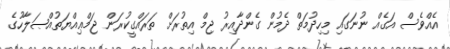
އެއްވެސް އަގެއް ނުނަގައި މިހިދުމަތް ދެމުން ގެންދާއިރު ޖިމް އިތުރަށް ތަރައްގީކުރަން ޖަމްޢިއްޔަތުއްޞަލާހުގެ